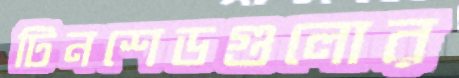
টিনশেডগুলোর